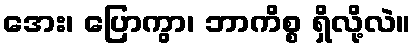
အေး၊ ပြောကွာ၊ ဘာကိစ္စ ရှိလို့လဲ။